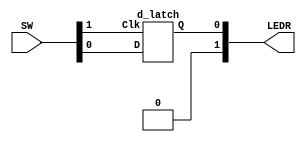
module part2 (SW, LEDR);
  input [1:0] SW;
  output [1:0] LEDR;
  
  assign LEDR[1] = 0;
  
  wire Q;

  d_latch D0 (SW[1], SW[0], LEDR[0]);
endmodule

module d_latch (Clk, D, Q);
  input Clk, D;
  output Q;

  wire S, R;

  assign S = D;
  assign R = ~D;

  wire R_g, S_g, Qa, Qb /* synthesis keep */ ;

  assign R_g = ~(R & Clk);
  assign S_g = ~(S & Clk);
  assign Qa = ~(R_g & Qb);
  assign Qb = ~(S_g & Qa);

  assign Q = Qa;
endmodule